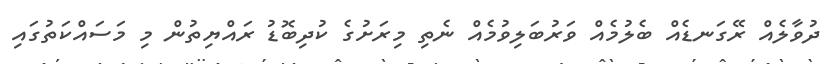
ދުވާލެއް ރޭގަނޑެއް ބެލުމެއް ވަރުބަލިވުމެއް ނެތި މިރަށުގެ ކުދިބޮޑު ރައްޔިތުން މި މަސައްކަތުގައި